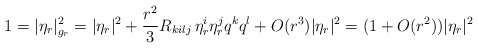
\begin{align*} 1= |\eta_r|_{g_r}^2 = |\eta_r|^2 + \frac{r^2}{3} R_{kilj}\, \eta_r^i \eta_r^j q^k q^l +O(r^3)|\eta_r|^2 = (1+O(r^2))|\eta_r|^2\end{align*}